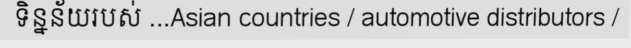
ទិន្នន័យរបស់ ...Asian countries / automotive distributors /